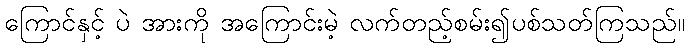
ကြောင်နှင့် ပဲ အားကို အကြောင်းမဲ့ လက်တည့်စမ်း၍ပစ်သတ်ကြသည်။